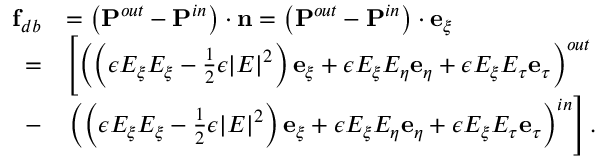
\begin{array} { r l } { \mathbf { f } _ { d b } } & { = \left( \mathbf { P } ^ { o u t } - \mathbf { P } ^ { i n } \right) \cdot \mathbf { n } = \left( \mathbf { P } ^ { o u t } - \mathbf { P } ^ { i n } \right) \cdot \mathbf { e } _ { \xi } } \\ { = } & { \left[ \left( \left( \epsilon E _ { \xi } E _ { \xi } - \frac { 1 } { 2 } \epsilon | E | ^ { 2 } \right) \mathbf { e } _ { \xi } + \epsilon E _ { \xi } E _ { \eta } \mathbf { e } _ { \eta } + \epsilon E _ { \xi } E _ { \tau } \mathbf { e } _ { \tau } \right) ^ { o u t } \right. } \\ { - } & { \left. \left( \left( \epsilon E _ { \xi } E _ { \xi } - \frac { 1 } { 2 } \epsilon | E | ^ { 2 } \right) \mathbf { e } _ { \xi } + \epsilon E _ { \xi } E _ { \eta } \mathbf { e } _ { \eta } + \epsilon E _ { \xi } E _ { \tau } \mathbf { e } _ { \tau } \right) ^ { i n } \right] . } \end{array}